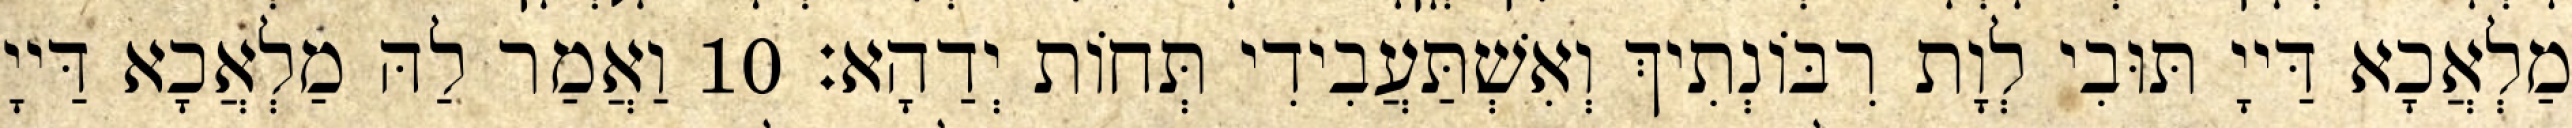
מַלְאֲכָא דַּייָ תּוּבִי לְוָת רִבּוֹנְתִיךְ וְאִשְׁתַּעֲבִידִי תְּחוֹת יְדַהָא׃ 10 וַאֲמַר לַהּ מַלְאֲכָא דַּייָ